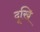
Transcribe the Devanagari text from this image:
दूखि